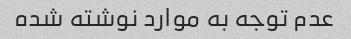
عدم توجه به موارد نوشته شده